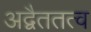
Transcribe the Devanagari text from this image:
अद्वैततत्व